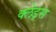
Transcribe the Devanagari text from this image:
क्लेड्स